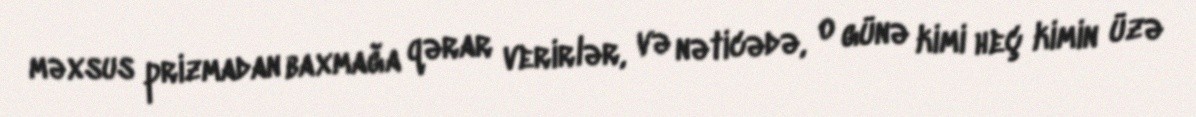
məxsus prizmadan baxmağa qərar verirlər, və nəticədə, o günə kimi heç kimin üzə